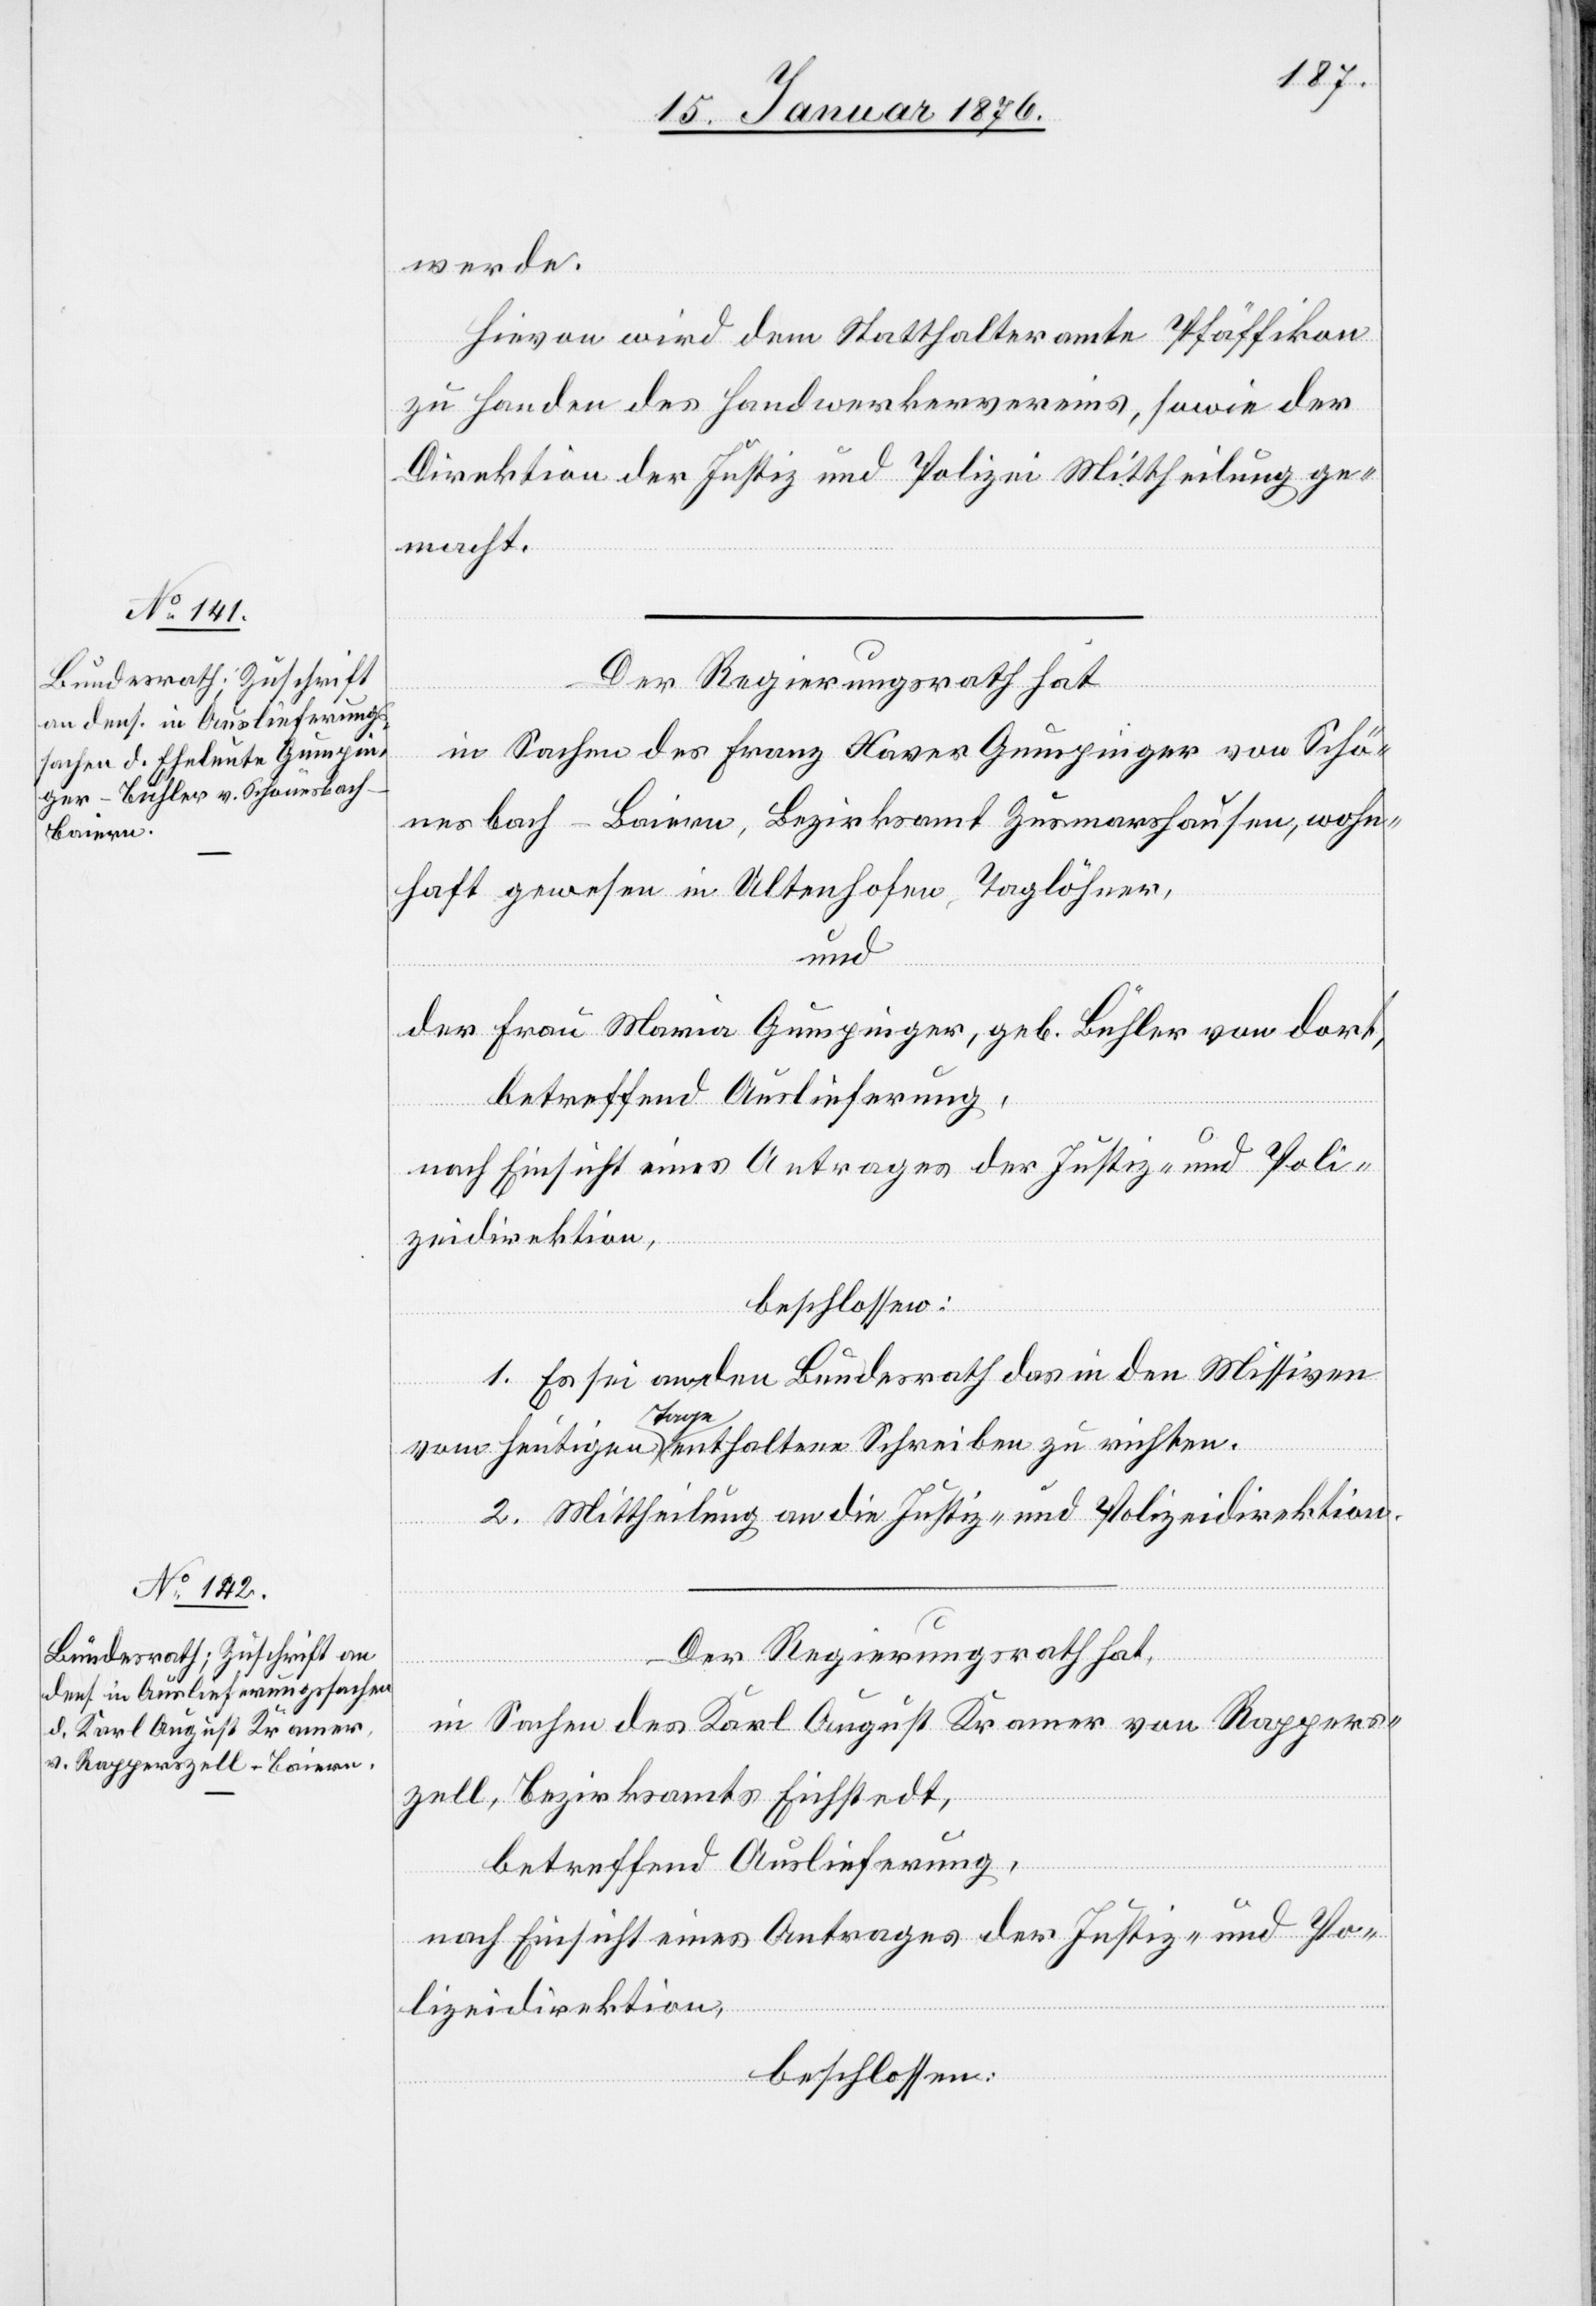
19. Januar 1876.]
werde.
Hievon wird dem Statthalteramt Pfäffikon
zu Handen des Handwerkervereins, sowie der
Direktion der Justiz und Polizei Mittheilung ge¬
macht.
Der Regierungsrath hat
in Sachen des Franz Xaver Gumpinger von Schö¬
nesbach-Baiern, Bezirksamt Zusmarshausen, wohn¬
haft gewesen in Ultenhofen, Taglöhner,
und
der Frau Maria Gumpinger, geb. Bühler von dort,
betreffend Auslieferung,
nach Einsicht eines Antrages der Justiz- und Poli¬
zeidirektion,
beschlossen:
1. Es sei an den Bundesrath das in den Missiven
vom heutigen Tage enthaltene Schreiben zu richten.
2. Mittheilung an die Justiz- und Polizeidirektion.
Der Regierungsrath hat,
in Sachen des Karl August Kramer von Rappers¬
zell, Bezirksamts Eichstedt,
betreffend Auslieferung,
nach Einsicht eines Antrages der Justiz- und Po¬
lizeidirektion,
beschlossen: